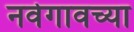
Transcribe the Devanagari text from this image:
नवेगावच्या